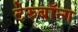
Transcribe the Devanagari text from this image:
टेरुबॉन्ग